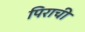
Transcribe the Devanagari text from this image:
पिराची